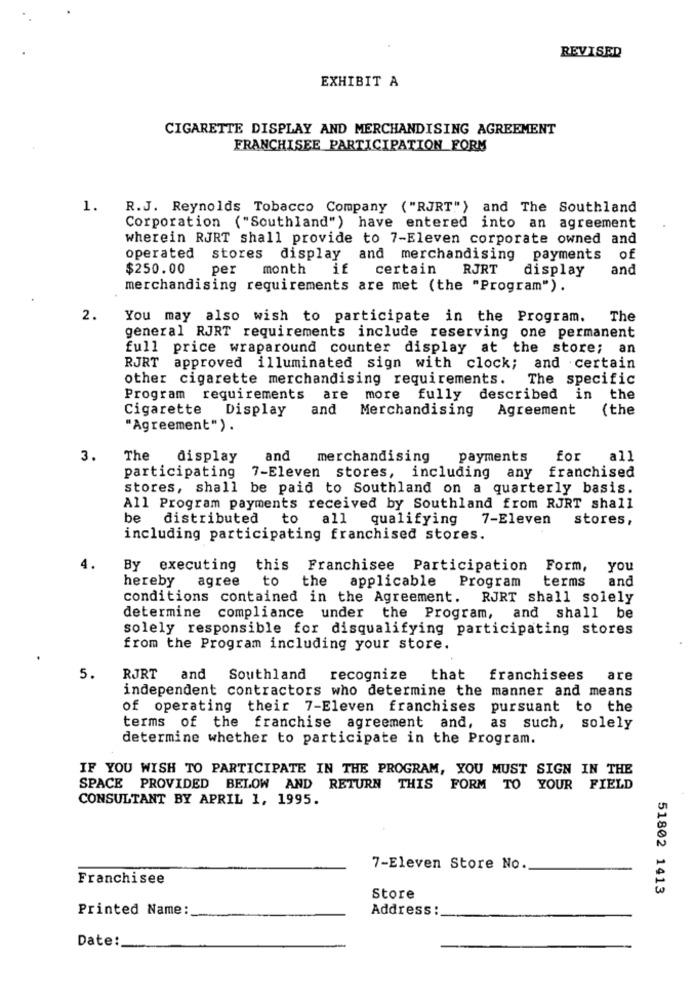
REVISED
EXHIBIT A
CIGARETTE DISPLAY AND MERCHANDISING AGREEMENT
FRANCHISEE PARTICIPATION FORM
1.
R.J. Reynolds Tobacco Company ("RJRT") and The Southland
Corporation ("Southland") have entered into an agreement
wherein RJRT shall provide to 7-Eleven corporate owned and
operated stores display and merchandising payments of
$250.00
per month if
certain
RJRT
display
and
merchandising requirements are met (the "Program").
2.
You may also wish to participate in the Program.
The
general RJRT requirements include reserving one permanent
full price wraparound counter display at the store; an
RJRT approved illuminated sign with clock; and certain
other cigarette merchandising requirements.
The specific
Program requirements are more fully described in the
Cigarette Display
and
Merchandising
Agreement
(the
"Agreement").
3.
The
display
and merchandising
payments
for all
participating 7-Eleven stores, including any franchised
stores, shall be paid to Southland on a quarterly basis.
All Program payments received by Southland from RJRT shall
be
distributed
to
all qualifying
7-Eleven
stores,
including participating franchised stores.
4.
By executing this Franchisee Participation Form, you
hereby
agree to the applicable Program
terms
and
conditions contained in the Agreement. RJRT shall solely
determine compliance under the Program, and shall be
solely responsible for disqualifying participating stores
from the Program including your store.
5.
RJRT and Southland
recognize that
franchisees
are
independent contractors who determine the manner and means
of operating their 7-Eleven franchises pursuant to the
terms of the franchise agreement and, as such, solely
determine whether to participate in the Program.
IF YOU WISH TO PARTICIPATE IN THE PROGRAM, YOU MUST SIGN IN THE
SPACE PROVIDED BELOW AND RETURN THIS FORM TO YOUR FIELD
CONSULTANT BY APRIL 1, 1995.
7-Eleven Store No.
Franchisee
51802 1413
Store
Printed Name:
Address :
Date: